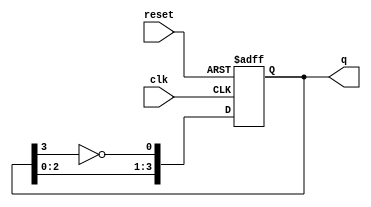
module johnson_counter #(
    parameter n = 4  // Number of stages (flip-flops)
)(
    input wire clk,   // Clock input
    input wire reset, // Reset input
    output reg [n-1:0] q // Output state
);

// Internal signal for feedback
wire feedback;

// Assign feedback as the inverted output of the last flip-flop
assign feedback = ~q[n-1];

// Always block triggered on the rising edge of the clock or reset
always @(posedge clk or posedge reset) begin
    if (reset) begin
        // Initialize all flip-flops to zero on reset
        q <= 0;
    end else begin
        // Shift values and apply feedback for Johnson Counter
        q <= {q[n-2:0], feedback};
    end
end

endmodule